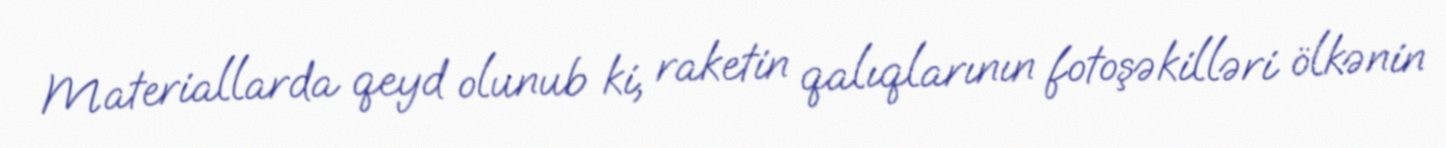
Materiallarda qeyd olunub ki, raketin qalıqlarının fotoşəkilləri ölkənin